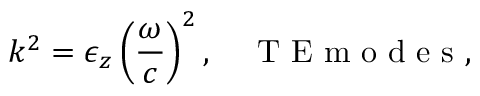
k ^ { 2 } = \epsilon _ { z } \left( \frac { \omega } { c } \right) ^ { 2 } , \quad \mathrm { ~ T ~ E ~ m ~ o ~ d ~ e ~ s ~ } ,